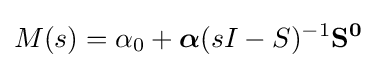
M(s)=\alpha _{0}+{\boldsymbol {\alpha }}(sI-S)^{-1}\mathbf {S^{0}}